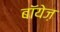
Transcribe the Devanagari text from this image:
बॉयेज़